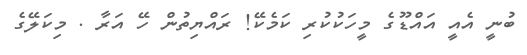
ބުނީީ އެއީ އައްޑޫގެ މީހަކުކުރި ކަމެކޭ! ރައްޔިތުން ހޭ އަރާ . މިކަލޭގެ